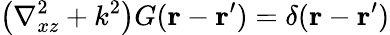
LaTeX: \left(\nabla_{xz}^{2}+k^{2}\right)G(\mathbf{r}-\mathbf{r}^{\prime})=\delta(\mathbf{r}-\mathbf{r}^{\prime})